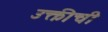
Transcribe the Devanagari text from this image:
उक्तीची